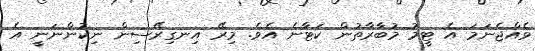
ވެއްޖެނަމަ އެ ޓީމު މުބާރާތުން ކަޓާނެ އެވެ. މިރޭ އިނގިރޭސިން ނިކުންނަނީ އެ